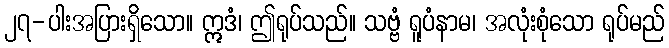
၂၇-ပါးအပြားရှိသော။ ဣဒံ၊ ဤရုပ်သည်။ သဗ္ဗံ ရူပံနာမ၊ အလုံးစုံသော ရုပ်မည်